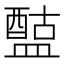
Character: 𥂰